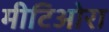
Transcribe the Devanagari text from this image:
मीटिओरा